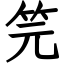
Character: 笎